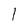
Character: l